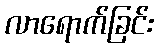
လာရောက်ခြင်း